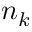
n _ { k }